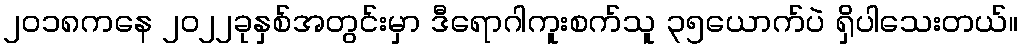
၂၀၁၈ကနေ ၂၀၂၂ခုနှစ်အတွင်းမှာ ဒီရောဂါကူးစက်သူ ၃၅ယောက်ပဲ ရှိပါသေးတယ်။